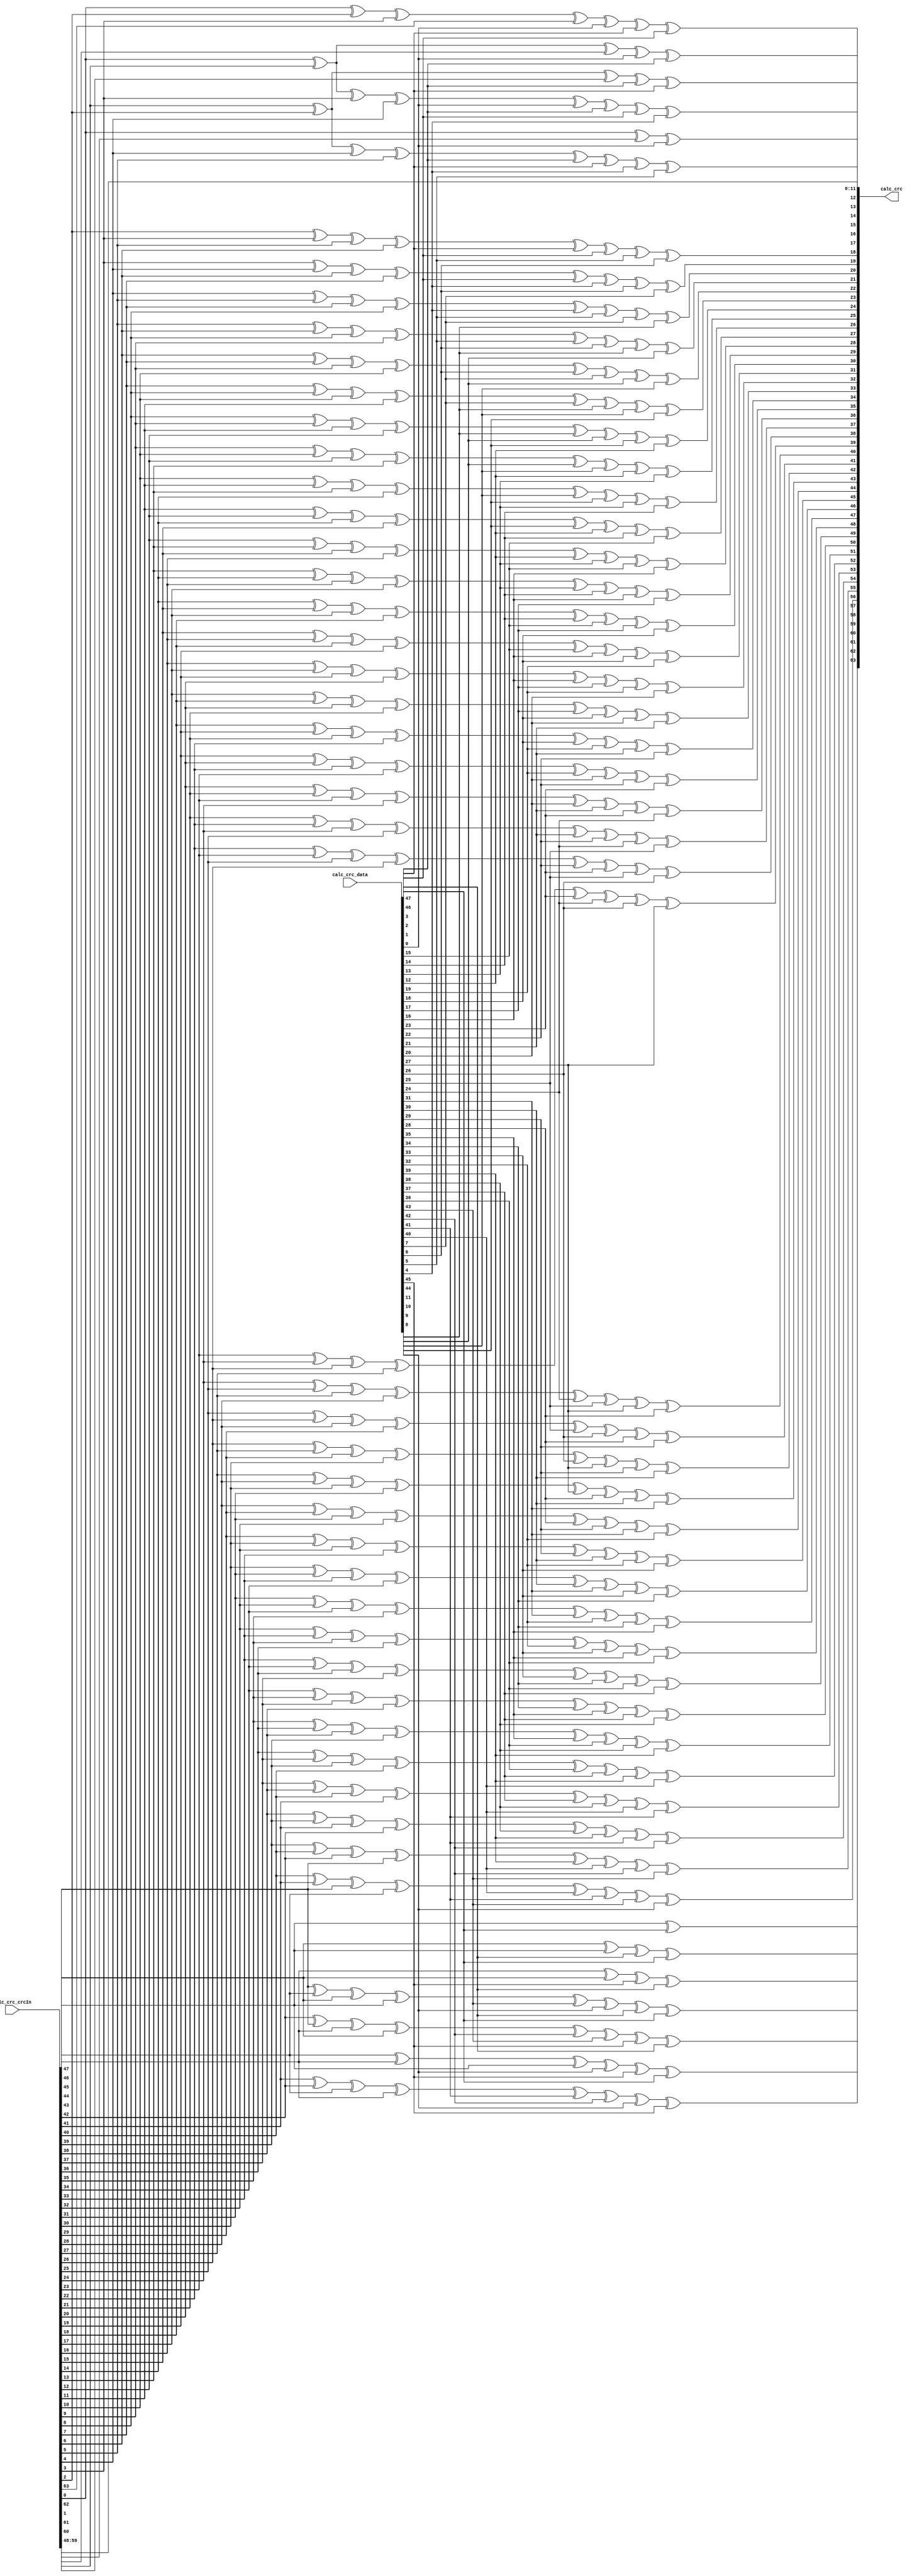
//
// Generated by Bluespec Compiler, version 2023.07 (build 0eb551dc)
//
// On Thu Jan 11 14:40:52 CST 2024
//
//
// Ports:
// Name                         I/O  size props
// calc_crc                       O    64
// calc_crc_crcIn                 I    64
// calc_crc_data                  I    48
//
// Combinational paths from inputs to outputs:
//   (calc_crc_crcIn, calc_crc_data) -> calc_crc
//
//

`ifdef BSV_ASSIGNMENT_DELAY
`else
  `define BSV_ASSIGNMENT_DELAY
`endif

`ifdef BSV_POSITIVE_RESET
  `define BSV_RESET_VALUE 1'b1
  `define BSV_RESET_EDGE posedge
`else
  `define BSV_RESET_VALUE 1'b0
  `define BSV_RESET_EDGE negedge
`endif

module module_calc_crc(calc_crc_crcIn,
		       calc_crc_data,
		       calc_crc);
  // value method calc_crc
  input  [63 : 0] calc_crc_crcIn;
  input  [47 : 0] calc_crc_data;
  output [63 : 0] calc_crc;

  // signals for module outputs
  wire [63 : 0] calc_crc;

  // remaining internal signals
  wire [59 : 0] calc_crc_crcIn_BIT_43_1_XOR_calc_crc_crcIn_BIT_ETC___d459;
  wire [55 : 0] calc_crc_crcIn_BIT_39_7_XOR_calc_crc_crcIn_BIT_ETC___d457;
  wire [51 : 0] calc_crc_crcIn_BIT_35_3_XOR_calc_crc_crcIn_BIT_ETC___d455;
  wire [47 : 0] calc_crc_crcIn_BIT_31_29_XOR_calc_crc_crcIn_BI_ETC___d453;
  wire [43 : 0] calc_crc_crcIn_BIT_27_65_XOR_calc_crc_crcIn_BI_ETC___d451;
  wire [39 : 0] calc_crc_crcIn_BIT_23_01_XOR_calc_crc_crcIn_BI_ETC___d449;
  wire [35 : 0] calc_crc_crcIn_BIT_19_37_XOR_calc_crc_crcIn_BI_ETC___d447;
  wire [31 : 0] calc_crc_crcIn_BIT_15_73_XOR_calc_crc_crcIn_BI_ETC___d445;
  wire [27 : 0] calc_crc_crcIn_BIT_11_09_XOR_calc_crc_crcIn_BI_ETC___d443;
  wire [23 : 0] calc_crc_crcIn_BIT_7_45_XOR_calc_crc_crcIn_BIT_ETC___d441;
  wire [19 : 0] calc_crc_crcIn_BIT_3_81_XOR_calc_crc_crcIn_BIT_ETC___d439;
  wire [15 : 0] calc_crc_crcIn_BIT_0_08_XOR_calc_crc_crcIn_BIT_ETC___d437;
  wire x__h1007,
       x__h1009,
       x__h1101,
       x__h1103,
       x__h1195,
       x__h1197,
       x__h1199,
       x__h1201,
       x__h1331,
       x__h1333,
       x__h1335,
       x__h1337,
       x__h1339,
       x__h1341,
       x__h1509,
       x__h1511,
       x__h1513,
       x__h1515,
       x__h1517,
       x__h1519,
       x__h1687,
       x__h1689,
       x__h1691,
       x__h1693,
       x__h1695,
       x__h1697,
       x__h1865,
       x__h1867,
       x__h1869,
       x__h1871,
       x__h1873,
       x__h1875,
       x__h2043,
       x__h2045,
       x__h2047,
       x__h2049,
       x__h2051,
       x__h2053,
       x__h2221,
       x__h2223,
       x__h2225,
       x__h2227,
       x__h2229,
       x__h2231,
       x__h2399,
       x__h2401,
       x__h2403,
       x__h2405,
       x__h2407,
       x__h2409,
       x__h2577,
       x__h2579,
       x__h2581,
       x__h2583,
       x__h2585,
       x__h2587,
       x__h2755,
       x__h2757,
       x__h2759,
       x__h2761,
       x__h2763,
       x__h2765,
       x__h2933,
       x__h2935,
       x__h2937,
       x__h2939,
       x__h2941,
       x__h2943,
       x__h3111,
       x__h3113,
       x__h3115,
       x__h3117,
       x__h3119,
       x__h3121,
       x__h3289,
       x__h3291,
       x__h3293,
       x__h3295,
       x__h3297,
       x__h3299,
       x__h3467,
       x__h3469,
       x__h3471,
       x__h3473,
       x__h3475,
       x__h3477,
       x__h3645,
       x__h3647,
       x__h3649,
       x__h3651,
       x__h3653,
       x__h3655,
       x__h3823,
       x__h3825,
       x__h3827,
       x__h3829,
       x__h3831,
       x__h3833,
       x__h4001,
       x__h4003,
       x__h4005,
       x__h4007,
       x__h4009,
       x__h4011,
       x__h4179,
       x__h4181,
       x__h4183,
       x__h4185,
       x__h4187,
       x__h4189,
       x__h4357,
       x__h4359,
       x__h4361,
       x__h4363,
       x__h4365,
       x__h4367,
       x__h4535,
       x__h4537,
       x__h4539,
       x__h4541,
       x__h4543,
       x__h4545,
       x__h4713,
       x__h4715,
       x__h4717,
       x__h4719,
       x__h4721,
       x__h4723,
       x__h4891,
       x__h4893,
       x__h4895,
       x__h4897,
       x__h4899,
       x__h4901,
       x__h5069,
       x__h5071,
       x__h5073,
       x__h5075,
       x__h5077,
       x__h5079,
       x__h5247,
       x__h5249,
       x__h5251,
       x__h5253,
       x__h5255,
       x__h5257,
       x__h5425,
       x__h5427,
       x__h5429,
       x__h5431,
       x__h5433,
       x__h5435,
       x__h5603,
       x__h5605,
       x__h5607,
       x__h5609,
       x__h5611,
       x__h5613,
       x__h5781,
       x__h5783,
       x__h5785,
       x__h5787,
       x__h5789,
       x__h5791,
       x__h5959,
       x__h5961,
       x__h5963,
       x__h5965,
       x__h5967,
       x__h5969,
       x__h6137,
       x__h6139,
       x__h6141,
       x__h6143,
       x__h6145,
       x__h6147,
       x__h6315,
       x__h6317,
       x__h6319,
       x__h6321,
       x__h6323,
       x__h6325,
       x__h6493,
       x__h6495,
       x__h6497,
       x__h6499,
       x__h6501,
       x__h6503,
       x__h6671,
       x__h6673,
       x__h6675,
       x__h6677,
       x__h6679,
       x__h6681,
       x__h6849,
       x__h6851,
       x__h6853,
       x__h6855,
       x__h6857,
       x__h6859,
       x__h7027,
       x__h7029,
       x__h7031,
       x__h7033,
       x__h7035,
       x__h7037,
       x__h7205,
       x__h7207,
       x__h7209,
       x__h7211,
       x__h7213,
       x__h7215,
       x__h7383,
       x__h7385,
       x__h7387,
       x__h7389,
       x__h7391,
       x__h7393,
       x__h7561,
       x__h7563,
       x__h7565,
       x__h7567,
       x__h7569,
       x__h7571,
       x__h7739,
       x__h7741,
       x__h7743,
       x__h7745,
       x__h7747,
       x__h7749,
       x__h7917,
       x__h7919,
       x__h7921,
       x__h7923,
       x__h7925,
       x__h7927,
       x__h8095,
       x__h8097,
       x__h8099,
       x__h8101,
       x__h8103,
       x__h8105,
       x__h8273,
       x__h8275,
       x__h8277,
       x__h8279,
       x__h8281,
       x__h8283,
       x__h8451,
       x__h8453,
       x__h8455,
       x__h8457,
       x__h8459,
       x__h8461,
       x__h8629,
       x__h8631,
       x__h8633,
       x__h8635,
       x__h8637,
       x__h8639,
       x__h8807,
       x__h8809,
       x__h8811,
       x__h8813,
       x__h8815,
       x__h8985,
       x__h8987,
       x__h8989,
       x__h8991,
       x__h8993,
       x__h9163,
       x__h9165,
       x__h9167,
       x__h9169,
       x__h9171,
       x__h9320,
       x__h9322,
       x__h9324,
       x__h9435,
       x__h9437,
       x__h9439,
       x__h9550;

  // value method calc_crc
  assign calc_crc =
	     { calc_crc_crcIn[47] ^ calc_crc_data[47],
	       x__h1007 ^ calc_crc_data[47],
	       x__h1101 ^ calc_crc_data[46],
	       x__h1195 ^ calc_crc_data[47],
	       calc_crc_crcIn_BIT_43_1_XOR_calc_crc_crcIn_BIT_ETC___d459 } ;

  // remaining internal signals
  assign calc_crc_crcIn_BIT_0_08_XOR_calc_crc_crcIn_BIT_ETC___d437 =
	     { x__h9163 ^ calc_crc_data[3],
	       x__h9320 ^ calc_crc_data[2],
	       x__h9435 ^ calc_crc_data[1],
	       x__h9550 ^ calc_crc_data[0],
	       calc_crc_crcIn[59:48] } ;
  assign calc_crc_crcIn_BIT_11_09_XOR_calc_crc_crcIn_BI_ETC___d443 =
	     { x__h7027 ^ calc_crc_data[15],
	       x__h7205 ^ calc_crc_data[14],
	       x__h7383 ^ calc_crc_data[13],
	       x__h7561 ^ calc_crc_data[12],
	       calc_crc_crcIn_BIT_7_45_XOR_calc_crc_crcIn_BIT_ETC___d441 } ;
  assign calc_crc_crcIn_BIT_15_73_XOR_calc_crc_crcIn_BI_ETC___d445 =
	     { x__h6315 ^ calc_crc_data[19],
	       x__h6493 ^ calc_crc_data[18],
	       x__h6671 ^ calc_crc_data[17],
	       x__h6849 ^ calc_crc_data[16],
	       calc_crc_crcIn_BIT_11_09_XOR_calc_crc_crcIn_BI_ETC___d443 } ;
  assign calc_crc_crcIn_BIT_19_37_XOR_calc_crc_crcIn_BI_ETC___d447 =
	     { x__h5603 ^ calc_crc_data[23],
	       x__h5781 ^ calc_crc_data[22],
	       x__h5959 ^ calc_crc_data[21],
	       x__h6137 ^ calc_crc_data[20],
	       calc_crc_crcIn_BIT_15_73_XOR_calc_crc_crcIn_BI_ETC___d445 } ;
  assign calc_crc_crcIn_BIT_23_01_XOR_calc_crc_crcIn_BI_ETC___d449 =
	     { x__h4891 ^ calc_crc_data[27],
	       x__h5069 ^ calc_crc_data[26],
	       x__h5247 ^ calc_crc_data[25],
	       x__h5425 ^ calc_crc_data[24],
	       calc_crc_crcIn_BIT_19_37_XOR_calc_crc_crcIn_BI_ETC___d447 } ;
  assign calc_crc_crcIn_BIT_27_65_XOR_calc_crc_crcIn_BI_ETC___d451 =
	     { x__h4179 ^ calc_crc_data[31],
	       x__h4357 ^ calc_crc_data[30],
	       x__h4535 ^ calc_crc_data[29],
	       x__h4713 ^ calc_crc_data[28],
	       calc_crc_crcIn_BIT_23_01_XOR_calc_crc_crcIn_BI_ETC___d449 } ;
  assign calc_crc_crcIn_BIT_31_29_XOR_calc_crc_crcIn_BI_ETC___d453 =
	     { x__h3467 ^ calc_crc_data[35],
	       x__h3645 ^ calc_crc_data[34],
	       x__h3823 ^ calc_crc_data[33],
	       x__h4001 ^ calc_crc_data[32],
	       calc_crc_crcIn_BIT_27_65_XOR_calc_crc_crcIn_BI_ETC___d451 } ;
  assign calc_crc_crcIn_BIT_35_3_XOR_calc_crc_crcIn_BIT_ETC___d455 =
	     { x__h2755 ^ calc_crc_data[39],
	       x__h2933 ^ calc_crc_data[38],
	       x__h3111 ^ calc_crc_data[37],
	       x__h3289 ^ calc_crc_data[36],
	       calc_crc_crcIn_BIT_31_29_XOR_calc_crc_crcIn_BI_ETC___d453 } ;
  assign calc_crc_crcIn_BIT_39_7_XOR_calc_crc_crcIn_BIT_ETC___d457 =
	     { x__h2043 ^ calc_crc_data[43],
	       x__h2221 ^ calc_crc_data[42],
	       x__h2399 ^ calc_crc_data[41],
	       x__h2577 ^ calc_crc_data[40],
	       calc_crc_crcIn_BIT_35_3_XOR_calc_crc_crcIn_BIT_ETC___d455 } ;
  assign calc_crc_crcIn_BIT_3_81_XOR_calc_crc_crcIn_BIT_ETC___d439 =
	     { x__h8451 ^ calc_crc_data[7],
	       x__h8629 ^ calc_crc_data[6],
	       x__h8807 ^ calc_crc_data[5],
	       x__h8985 ^ calc_crc_data[4],
	       calc_crc_crcIn_BIT_0_08_XOR_calc_crc_crcIn_BIT_ETC___d437 } ;
  assign calc_crc_crcIn_BIT_43_1_XOR_calc_crc_crcIn_BIT_ETC___d459 =
	     { x__h1331 ^ calc_crc_data[47],
	       x__h1509 ^ calc_crc_data[46],
	       x__h1687 ^ calc_crc_data[45],
	       x__h1865 ^ calc_crc_data[44],
	       calc_crc_crcIn_BIT_39_7_XOR_calc_crc_crcIn_BIT_ETC___d457 } ;
  assign calc_crc_crcIn_BIT_7_45_XOR_calc_crc_crcIn_BIT_ETC___d441 =
	     { x__h7739 ^ calc_crc_data[11],
	       x__h7917 ^ calc_crc_data[10],
	       x__h8095 ^ calc_crc_data[9],
	       x__h8273 ^ calc_crc_data[8],
	       calc_crc_crcIn_BIT_3_81_XOR_calc_crc_crcIn_BIT_ETC___d439 } ;
  assign x__h1007 = x__h1009 ^ calc_crc_data[46] ;
  assign x__h1009 = calc_crc_crcIn[46] ^ calc_crc_crcIn[47] ;
  assign x__h1101 = x__h1103 ^ calc_crc_data[45] ;
  assign x__h1103 = calc_crc_crcIn[45] ^ calc_crc_crcIn[46] ;
  assign x__h1195 = x__h1197 ^ calc_crc_data[45] ;
  assign x__h1197 = x__h1199 ^ calc_crc_data[44] ;
  assign x__h1199 = x__h1201 ^ calc_crc_crcIn[47] ;
  assign x__h1201 = calc_crc_crcIn[44] ^ calc_crc_crcIn[45] ;
  assign x__h1331 = x__h1333 ^ calc_crc_data[46] ;
  assign x__h1333 = x__h1335 ^ calc_crc_data[44] ;
  assign x__h1335 = x__h1337 ^ calc_crc_data[43] ;
  assign x__h1337 = x__h1339 ^ calc_crc_crcIn[47] ;
  assign x__h1339 = x__h1341 ^ calc_crc_crcIn[46] ;
  assign x__h1341 = calc_crc_crcIn[43] ^ calc_crc_crcIn[44] ;
  assign x__h1509 = x__h1511 ^ calc_crc_data[45] ;
  assign x__h1511 = x__h1513 ^ calc_crc_data[43] ;
  assign x__h1513 = x__h1515 ^ calc_crc_data[42] ;
  assign x__h1515 = x__h1517 ^ calc_crc_crcIn[46] ;
  assign x__h1517 = x__h1519 ^ calc_crc_crcIn[45] ;
  assign x__h1519 = calc_crc_crcIn[42] ^ calc_crc_crcIn[43] ;
  assign x__h1687 = x__h1689 ^ calc_crc_data[44] ;
  assign x__h1689 = x__h1691 ^ calc_crc_data[42] ;
  assign x__h1691 = x__h1693 ^ calc_crc_data[41] ;
  assign x__h1693 = x__h1695 ^ calc_crc_crcIn[45] ;
  assign x__h1695 = x__h1697 ^ calc_crc_crcIn[44] ;
  assign x__h1697 = calc_crc_crcIn[41] ^ calc_crc_crcIn[42] ;
  assign x__h1865 = x__h1867 ^ calc_crc_data[43] ;
  assign x__h1867 = x__h1869 ^ calc_crc_data[41] ;
  assign x__h1869 = x__h1871 ^ calc_crc_data[40] ;
  assign x__h1871 = x__h1873 ^ calc_crc_crcIn[44] ;
  assign x__h1873 = x__h1875 ^ calc_crc_crcIn[43] ;
  assign x__h1875 = calc_crc_crcIn[40] ^ calc_crc_crcIn[41] ;
  assign x__h2043 = x__h2045 ^ calc_crc_data[42] ;
  assign x__h2045 = x__h2047 ^ calc_crc_data[40] ;
  assign x__h2047 = x__h2049 ^ calc_crc_data[39] ;
  assign x__h2049 = x__h2051 ^ calc_crc_crcIn[43] ;
  assign x__h2051 = x__h2053 ^ calc_crc_crcIn[42] ;
  assign x__h2053 = calc_crc_crcIn[39] ^ calc_crc_crcIn[40] ;
  assign x__h2221 = x__h2223 ^ calc_crc_data[41] ;
  assign x__h2223 = x__h2225 ^ calc_crc_data[39] ;
  assign x__h2225 = x__h2227 ^ calc_crc_data[38] ;
  assign x__h2227 = x__h2229 ^ calc_crc_crcIn[42] ;
  assign x__h2229 = x__h2231 ^ calc_crc_crcIn[41] ;
  assign x__h2231 = calc_crc_crcIn[38] ^ calc_crc_crcIn[39] ;
  assign x__h2399 = x__h2401 ^ calc_crc_data[40] ;
  assign x__h2401 = x__h2403 ^ calc_crc_data[38] ;
  assign x__h2403 = x__h2405 ^ calc_crc_data[37] ;
  assign x__h2405 = x__h2407 ^ calc_crc_crcIn[41] ;
  assign x__h2407 = x__h2409 ^ calc_crc_crcIn[40] ;
  assign x__h2409 = calc_crc_crcIn[37] ^ calc_crc_crcIn[38] ;
  assign x__h2577 = x__h2579 ^ calc_crc_data[39] ;
  assign x__h2579 = x__h2581 ^ calc_crc_data[37] ;
  assign x__h2581 = x__h2583 ^ calc_crc_data[36] ;
  assign x__h2583 = x__h2585 ^ calc_crc_crcIn[40] ;
  assign x__h2585 = x__h2587 ^ calc_crc_crcIn[39] ;
  assign x__h2587 = calc_crc_crcIn[36] ^ calc_crc_crcIn[37] ;
  assign x__h2755 = x__h2757 ^ calc_crc_data[38] ;
  assign x__h2757 = x__h2759 ^ calc_crc_data[36] ;
  assign x__h2759 = x__h2761 ^ calc_crc_data[35] ;
  assign x__h2761 = x__h2763 ^ calc_crc_crcIn[39] ;
  assign x__h2763 = x__h2765 ^ calc_crc_crcIn[38] ;
  assign x__h2765 = calc_crc_crcIn[35] ^ calc_crc_crcIn[36] ;
  assign x__h2933 = x__h2935 ^ calc_crc_data[37] ;
  assign x__h2935 = x__h2937 ^ calc_crc_data[35] ;
  assign x__h2937 = x__h2939 ^ calc_crc_data[34] ;
  assign x__h2939 = x__h2941 ^ calc_crc_crcIn[38] ;
  assign x__h2941 = x__h2943 ^ calc_crc_crcIn[37] ;
  assign x__h2943 = calc_crc_crcIn[34] ^ calc_crc_crcIn[35] ;
  assign x__h3111 = x__h3113 ^ calc_crc_data[36] ;
  assign x__h3113 = x__h3115 ^ calc_crc_data[34] ;
  assign x__h3115 = x__h3117 ^ calc_crc_data[33] ;
  assign x__h3117 = x__h3119 ^ calc_crc_crcIn[37] ;
  assign x__h3119 = x__h3121 ^ calc_crc_crcIn[36] ;
  assign x__h3121 = calc_crc_crcIn[33] ^ calc_crc_crcIn[34] ;
  assign x__h3289 = x__h3291 ^ calc_crc_data[35] ;
  assign x__h3291 = x__h3293 ^ calc_crc_data[33] ;
  assign x__h3293 = x__h3295 ^ calc_crc_data[32] ;
  assign x__h3295 = x__h3297 ^ calc_crc_crcIn[36] ;
  assign x__h3297 = x__h3299 ^ calc_crc_crcIn[35] ;
  assign x__h3299 = calc_crc_crcIn[32] ^ calc_crc_crcIn[33] ;
  assign x__h3467 = x__h3469 ^ calc_crc_data[34] ;
  assign x__h3469 = x__h3471 ^ calc_crc_data[32] ;
  assign x__h3471 = x__h3473 ^ calc_crc_data[31] ;
  assign x__h3473 = x__h3475 ^ calc_crc_crcIn[35] ;
  assign x__h3475 = x__h3477 ^ calc_crc_crcIn[34] ;
  assign x__h3477 = calc_crc_crcIn[31] ^ calc_crc_crcIn[32] ;
  assign x__h3645 = x__h3647 ^ calc_crc_data[33] ;
  assign x__h3647 = x__h3649 ^ calc_crc_data[31] ;
  assign x__h3649 = x__h3651 ^ calc_crc_data[30] ;
  assign x__h3651 = x__h3653 ^ calc_crc_crcIn[34] ;
  assign x__h3653 = x__h3655 ^ calc_crc_crcIn[33] ;
  assign x__h3655 = calc_crc_crcIn[30] ^ calc_crc_crcIn[31] ;
  assign x__h3823 = x__h3825 ^ calc_crc_data[32] ;
  assign x__h3825 = x__h3827 ^ calc_crc_data[30] ;
  assign x__h3827 = x__h3829 ^ calc_crc_data[29] ;
  assign x__h3829 = x__h3831 ^ calc_crc_crcIn[33] ;
  assign x__h3831 = x__h3833 ^ calc_crc_crcIn[32] ;
  assign x__h3833 = calc_crc_crcIn[29] ^ calc_crc_crcIn[30] ;
  assign x__h4001 = x__h4003 ^ calc_crc_data[31] ;
  assign x__h4003 = x__h4005 ^ calc_crc_data[29] ;
  assign x__h4005 = x__h4007 ^ calc_crc_data[28] ;
  assign x__h4007 = x__h4009 ^ calc_crc_crcIn[32] ;
  assign x__h4009 = x__h4011 ^ calc_crc_crcIn[31] ;
  assign x__h4011 = calc_crc_crcIn[28] ^ calc_crc_crcIn[29] ;
  assign x__h4179 = x__h4181 ^ calc_crc_data[30] ;
  assign x__h4181 = x__h4183 ^ calc_crc_data[28] ;
  assign x__h4183 = x__h4185 ^ calc_crc_data[27] ;
  assign x__h4185 = x__h4187 ^ calc_crc_crcIn[31] ;
  assign x__h4187 = x__h4189 ^ calc_crc_crcIn[30] ;
  assign x__h4189 = calc_crc_crcIn[27] ^ calc_crc_crcIn[28] ;
  assign x__h4357 = x__h4359 ^ calc_crc_data[29] ;
  assign x__h4359 = x__h4361 ^ calc_crc_data[27] ;
  assign x__h4361 = x__h4363 ^ calc_crc_data[26] ;
  assign x__h4363 = x__h4365 ^ calc_crc_crcIn[30] ;
  assign x__h4365 = x__h4367 ^ calc_crc_crcIn[29] ;
  assign x__h4367 = calc_crc_crcIn[26] ^ calc_crc_crcIn[27] ;
  assign x__h4535 = x__h4537 ^ calc_crc_data[28] ;
  assign x__h4537 = x__h4539 ^ calc_crc_data[26] ;
  assign x__h4539 = x__h4541 ^ calc_crc_data[25] ;
  assign x__h4541 = x__h4543 ^ calc_crc_crcIn[29] ;
  assign x__h4543 = x__h4545 ^ calc_crc_crcIn[28] ;
  assign x__h4545 = calc_crc_crcIn[25] ^ calc_crc_crcIn[26] ;
  assign x__h4713 = x__h4715 ^ calc_crc_data[27] ;
  assign x__h4715 = x__h4717 ^ calc_crc_data[25] ;
  assign x__h4717 = x__h4719 ^ calc_crc_data[24] ;
  assign x__h4719 = x__h4721 ^ calc_crc_crcIn[28] ;
  assign x__h4721 = x__h4723 ^ calc_crc_crcIn[27] ;
  assign x__h4723 = calc_crc_crcIn[24] ^ calc_crc_crcIn[25] ;
  assign x__h4891 = x__h4893 ^ calc_crc_data[26] ;
  assign x__h4893 = x__h4895 ^ calc_crc_data[24] ;
  assign x__h4895 = x__h4897 ^ calc_crc_data[23] ;
  assign x__h4897 = x__h4899 ^ calc_crc_crcIn[27] ;
  assign x__h4899 = x__h4901 ^ calc_crc_crcIn[26] ;
  assign x__h4901 = calc_crc_crcIn[23] ^ calc_crc_crcIn[24] ;
  assign x__h5069 = x__h5071 ^ calc_crc_data[25] ;
  assign x__h5071 = x__h5073 ^ calc_crc_data[23] ;
  assign x__h5073 = x__h5075 ^ calc_crc_data[22] ;
  assign x__h5075 = x__h5077 ^ calc_crc_crcIn[26] ;
  assign x__h5077 = x__h5079 ^ calc_crc_crcIn[25] ;
  assign x__h5079 = calc_crc_crcIn[22] ^ calc_crc_crcIn[23] ;
  assign x__h5247 = x__h5249 ^ calc_crc_data[24] ;
  assign x__h5249 = x__h5251 ^ calc_crc_data[22] ;
  assign x__h5251 = x__h5253 ^ calc_crc_data[21] ;
  assign x__h5253 = x__h5255 ^ calc_crc_crcIn[25] ;
  assign x__h5255 = x__h5257 ^ calc_crc_crcIn[24] ;
  assign x__h5257 = calc_crc_crcIn[21] ^ calc_crc_crcIn[22] ;
  assign x__h5425 = x__h5427 ^ calc_crc_data[23] ;
  assign x__h5427 = x__h5429 ^ calc_crc_data[21] ;
  assign x__h5429 = x__h5431 ^ calc_crc_data[20] ;
  assign x__h5431 = x__h5433 ^ calc_crc_crcIn[24] ;
  assign x__h5433 = x__h5435 ^ calc_crc_crcIn[23] ;
  assign x__h5435 = calc_crc_crcIn[20] ^ calc_crc_crcIn[21] ;
  assign x__h5603 = x__h5605 ^ calc_crc_data[22] ;
  assign x__h5605 = x__h5607 ^ calc_crc_data[20] ;
  assign x__h5607 = x__h5609 ^ calc_crc_data[19] ;
  assign x__h5609 = x__h5611 ^ calc_crc_crcIn[23] ;
  assign x__h5611 = x__h5613 ^ calc_crc_crcIn[22] ;
  assign x__h5613 = calc_crc_crcIn[19] ^ calc_crc_crcIn[20] ;
  assign x__h5781 = x__h5783 ^ calc_crc_data[21] ;
  assign x__h5783 = x__h5785 ^ calc_crc_data[19] ;
  assign x__h5785 = x__h5787 ^ calc_crc_data[18] ;
  assign x__h5787 = x__h5789 ^ calc_crc_crcIn[22] ;
  assign x__h5789 = x__h5791 ^ calc_crc_crcIn[21] ;
  assign x__h5791 = calc_crc_crcIn[18] ^ calc_crc_crcIn[19] ;
  assign x__h5959 = x__h5961 ^ calc_crc_data[20] ;
  assign x__h5961 = x__h5963 ^ calc_crc_data[18] ;
  assign x__h5963 = x__h5965 ^ calc_crc_data[17] ;
  assign x__h5965 = x__h5967 ^ calc_crc_crcIn[21] ;
  assign x__h5967 = x__h5969 ^ calc_crc_crcIn[20] ;
  assign x__h5969 = calc_crc_crcIn[17] ^ calc_crc_crcIn[18] ;
  assign x__h6137 = x__h6139 ^ calc_crc_data[19] ;
  assign x__h6139 = x__h6141 ^ calc_crc_data[17] ;
  assign x__h6141 = x__h6143 ^ calc_crc_data[16] ;
  assign x__h6143 = x__h6145 ^ calc_crc_crcIn[20] ;
  assign x__h6145 = x__h6147 ^ calc_crc_crcIn[19] ;
  assign x__h6147 = calc_crc_crcIn[16] ^ calc_crc_crcIn[17] ;
  assign x__h6315 = x__h6317 ^ calc_crc_data[18] ;
  assign x__h6317 = x__h6319 ^ calc_crc_data[16] ;
  assign x__h6319 = x__h6321 ^ calc_crc_data[15] ;
  assign x__h6321 = x__h6323 ^ calc_crc_crcIn[19] ;
  assign x__h6323 = x__h6325 ^ calc_crc_crcIn[18] ;
  assign x__h6325 = calc_crc_crcIn[15] ^ calc_crc_crcIn[16] ;
  assign x__h6493 = x__h6495 ^ calc_crc_data[17] ;
  assign x__h6495 = x__h6497 ^ calc_crc_data[15] ;
  assign x__h6497 = x__h6499 ^ calc_crc_data[14] ;
  assign x__h6499 = x__h6501 ^ calc_crc_crcIn[18] ;
  assign x__h6501 = x__h6503 ^ calc_crc_crcIn[17] ;
  assign x__h6503 = calc_crc_crcIn[14] ^ calc_crc_crcIn[15] ;
  assign x__h6671 = x__h6673 ^ calc_crc_data[16] ;
  assign x__h6673 = x__h6675 ^ calc_crc_data[14] ;
  assign x__h6675 = x__h6677 ^ calc_crc_data[13] ;
  assign x__h6677 = x__h6679 ^ calc_crc_crcIn[17] ;
  assign x__h6679 = x__h6681 ^ calc_crc_crcIn[16] ;
  assign x__h6681 = calc_crc_crcIn[13] ^ calc_crc_crcIn[14] ;
  assign x__h6849 = x__h6851 ^ calc_crc_data[15] ;
  assign x__h6851 = x__h6853 ^ calc_crc_data[13] ;
  assign x__h6853 = x__h6855 ^ calc_crc_data[12] ;
  assign x__h6855 = x__h6857 ^ calc_crc_crcIn[16] ;
  assign x__h6857 = x__h6859 ^ calc_crc_crcIn[15] ;
  assign x__h6859 = calc_crc_crcIn[12] ^ calc_crc_crcIn[13] ;
  assign x__h7027 = x__h7029 ^ calc_crc_data[14] ;
  assign x__h7029 = x__h7031 ^ calc_crc_data[12] ;
  assign x__h7031 = x__h7033 ^ calc_crc_data[11] ;
  assign x__h7033 = x__h7035 ^ calc_crc_crcIn[15] ;
  assign x__h7035 = x__h7037 ^ calc_crc_crcIn[14] ;
  assign x__h7037 = calc_crc_crcIn[11] ^ calc_crc_crcIn[12] ;
  assign x__h7205 = x__h7207 ^ calc_crc_data[13] ;
  assign x__h7207 = x__h7209 ^ calc_crc_data[11] ;
  assign x__h7209 = x__h7211 ^ calc_crc_data[10] ;
  assign x__h7211 = x__h7213 ^ calc_crc_crcIn[14] ;
  assign x__h7213 = x__h7215 ^ calc_crc_crcIn[13] ;
  assign x__h7215 = calc_crc_crcIn[10] ^ calc_crc_crcIn[11] ;
  assign x__h7383 = x__h7385 ^ calc_crc_data[12] ;
  assign x__h7385 = x__h7387 ^ calc_crc_data[10] ;
  assign x__h7387 = x__h7389 ^ calc_crc_data[9] ;
  assign x__h7389 = x__h7391 ^ calc_crc_crcIn[13] ;
  assign x__h7391 = x__h7393 ^ calc_crc_crcIn[12] ;
  assign x__h7393 = calc_crc_crcIn[9] ^ calc_crc_crcIn[10] ;
  assign x__h7561 = x__h7563 ^ calc_crc_data[11] ;
  assign x__h7563 = x__h7565 ^ calc_crc_data[9] ;
  assign x__h7565 = x__h7567 ^ calc_crc_data[8] ;
  assign x__h7567 = x__h7569 ^ calc_crc_crcIn[12] ;
  assign x__h7569 = x__h7571 ^ calc_crc_crcIn[11] ;
  assign x__h7571 = calc_crc_crcIn[8] ^ calc_crc_crcIn[9] ;
  assign x__h7739 = x__h7741 ^ calc_crc_data[10] ;
  assign x__h7741 = x__h7743 ^ calc_crc_data[8] ;
  assign x__h7743 = x__h7745 ^ calc_crc_data[7] ;
  assign x__h7745 = x__h7747 ^ calc_crc_crcIn[11] ;
  assign x__h7747 = x__h7749 ^ calc_crc_crcIn[10] ;
  assign x__h7749 = calc_crc_crcIn[7] ^ calc_crc_crcIn[8] ;
  assign x__h7917 = x__h7919 ^ calc_crc_data[9] ;
  assign x__h7919 = x__h7921 ^ calc_crc_data[7] ;
  assign x__h7921 = x__h7923 ^ calc_crc_data[6] ;
  assign x__h7923 = x__h7925 ^ calc_crc_crcIn[10] ;
  assign x__h7925 = x__h7927 ^ calc_crc_crcIn[9] ;
  assign x__h7927 = calc_crc_crcIn[6] ^ calc_crc_crcIn[7] ;
  assign x__h8095 = x__h8097 ^ calc_crc_data[8] ;
  assign x__h8097 = x__h8099 ^ calc_crc_data[6] ;
  assign x__h8099 = x__h8101 ^ calc_crc_data[5] ;
  assign x__h8101 = x__h8103 ^ calc_crc_crcIn[9] ;
  assign x__h8103 = x__h8105 ^ calc_crc_crcIn[8] ;
  assign x__h8105 = calc_crc_crcIn[5] ^ calc_crc_crcIn[6] ;
  assign x__h8273 = x__h8275 ^ calc_crc_data[7] ;
  assign x__h8275 = x__h8277 ^ calc_crc_data[5] ;
  assign x__h8277 = x__h8279 ^ calc_crc_data[4] ;
  assign x__h8279 = x__h8281 ^ calc_crc_crcIn[8] ;
  assign x__h8281 = x__h8283 ^ calc_crc_crcIn[7] ;
  assign x__h8283 = calc_crc_crcIn[4] ^ calc_crc_crcIn[5] ;
  assign x__h8451 = x__h8453 ^ calc_crc_data[6] ;
  assign x__h8453 = x__h8455 ^ calc_crc_data[4] ;
  assign x__h8455 = x__h8457 ^ calc_crc_data[3] ;
  assign x__h8457 = x__h8459 ^ calc_crc_crcIn[7] ;
  assign x__h8459 = x__h8461 ^ calc_crc_crcIn[6] ;
  assign x__h8461 = calc_crc_crcIn[3] ^ calc_crc_crcIn[4] ;
  assign x__h8629 = x__h8631 ^ calc_crc_data[5] ;
  assign x__h8631 = x__h8633 ^ calc_crc_data[3] ;
  assign x__h8633 = x__h8635 ^ calc_crc_data[2] ;
  assign x__h8635 = x__h8637 ^ calc_crc_crcIn[6] ;
  assign x__h8637 = x__h8639 ^ calc_crc_crcIn[5] ;
  assign x__h8639 = calc_crc_crcIn[2] ^ calc_crc_crcIn[3] ;
  assign x__h8807 = x__h8809 ^ calc_crc_data[4] ;
  assign x__h8809 = x__h8811 ^ calc_crc_data[2] ;
  assign x__h8811 = x__h8813 ^ calc_crc_data[1] ;
  assign x__h8813 = x__h8815 ^ calc_crc_crcIn[5] ;
  assign x__h8815 = x__h9324 ^ calc_crc_crcIn[4] ;
  assign x__h8985 = x__h8987 ^ calc_crc_data[3] ;
  assign x__h8987 = x__h8989 ^ calc_crc_data[1] ;
  assign x__h8989 = x__h8991 ^ calc_crc_data[0] ;
  assign x__h8991 = x__h8993 ^ calc_crc_crcIn[4] ;
  assign x__h8993 = x__h9439 ^ calc_crc_crcIn[3] ;
  assign x__h9163 = x__h9165 ^ calc_crc_data[2] ;
  assign x__h9165 = x__h9167 ^ calc_crc_data[0] ;
  assign x__h9167 = x__h9169 ^ calc_crc_crcIn[63] ;
  assign x__h9169 = x__h9171 ^ calc_crc_crcIn[3] ;
  assign x__h9171 = calc_crc_crcIn[0] ^ calc_crc_crcIn[2] ;
  assign x__h9320 = x__h9322 ^ calc_crc_data[1] ;
  assign x__h9322 = x__h9324 ^ calc_crc_crcIn[62] ;
  assign x__h9324 = calc_crc_crcIn[1] ^ calc_crc_crcIn[2] ;
  assign x__h9435 = x__h9437 ^ calc_crc_data[0] ;
  assign x__h9437 = x__h9439 ^ calc_crc_crcIn[61] ;
  assign x__h9439 = calc_crc_crcIn[0] ^ calc_crc_crcIn[1] ;
  assign x__h9550 = calc_crc_crcIn[0] ^ calc_crc_crcIn[60] ;
endmodule  // module_calc_crc